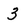
Character: 3